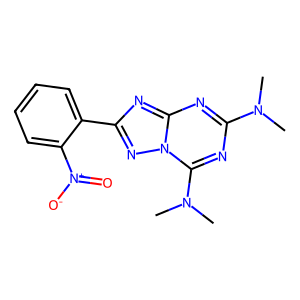
SMILES: CN(C)c1nc(N(C)C)n2nc(-c3ccccc3[N+](=O)[O-])nc2n1
Inhibits HIV replication: No